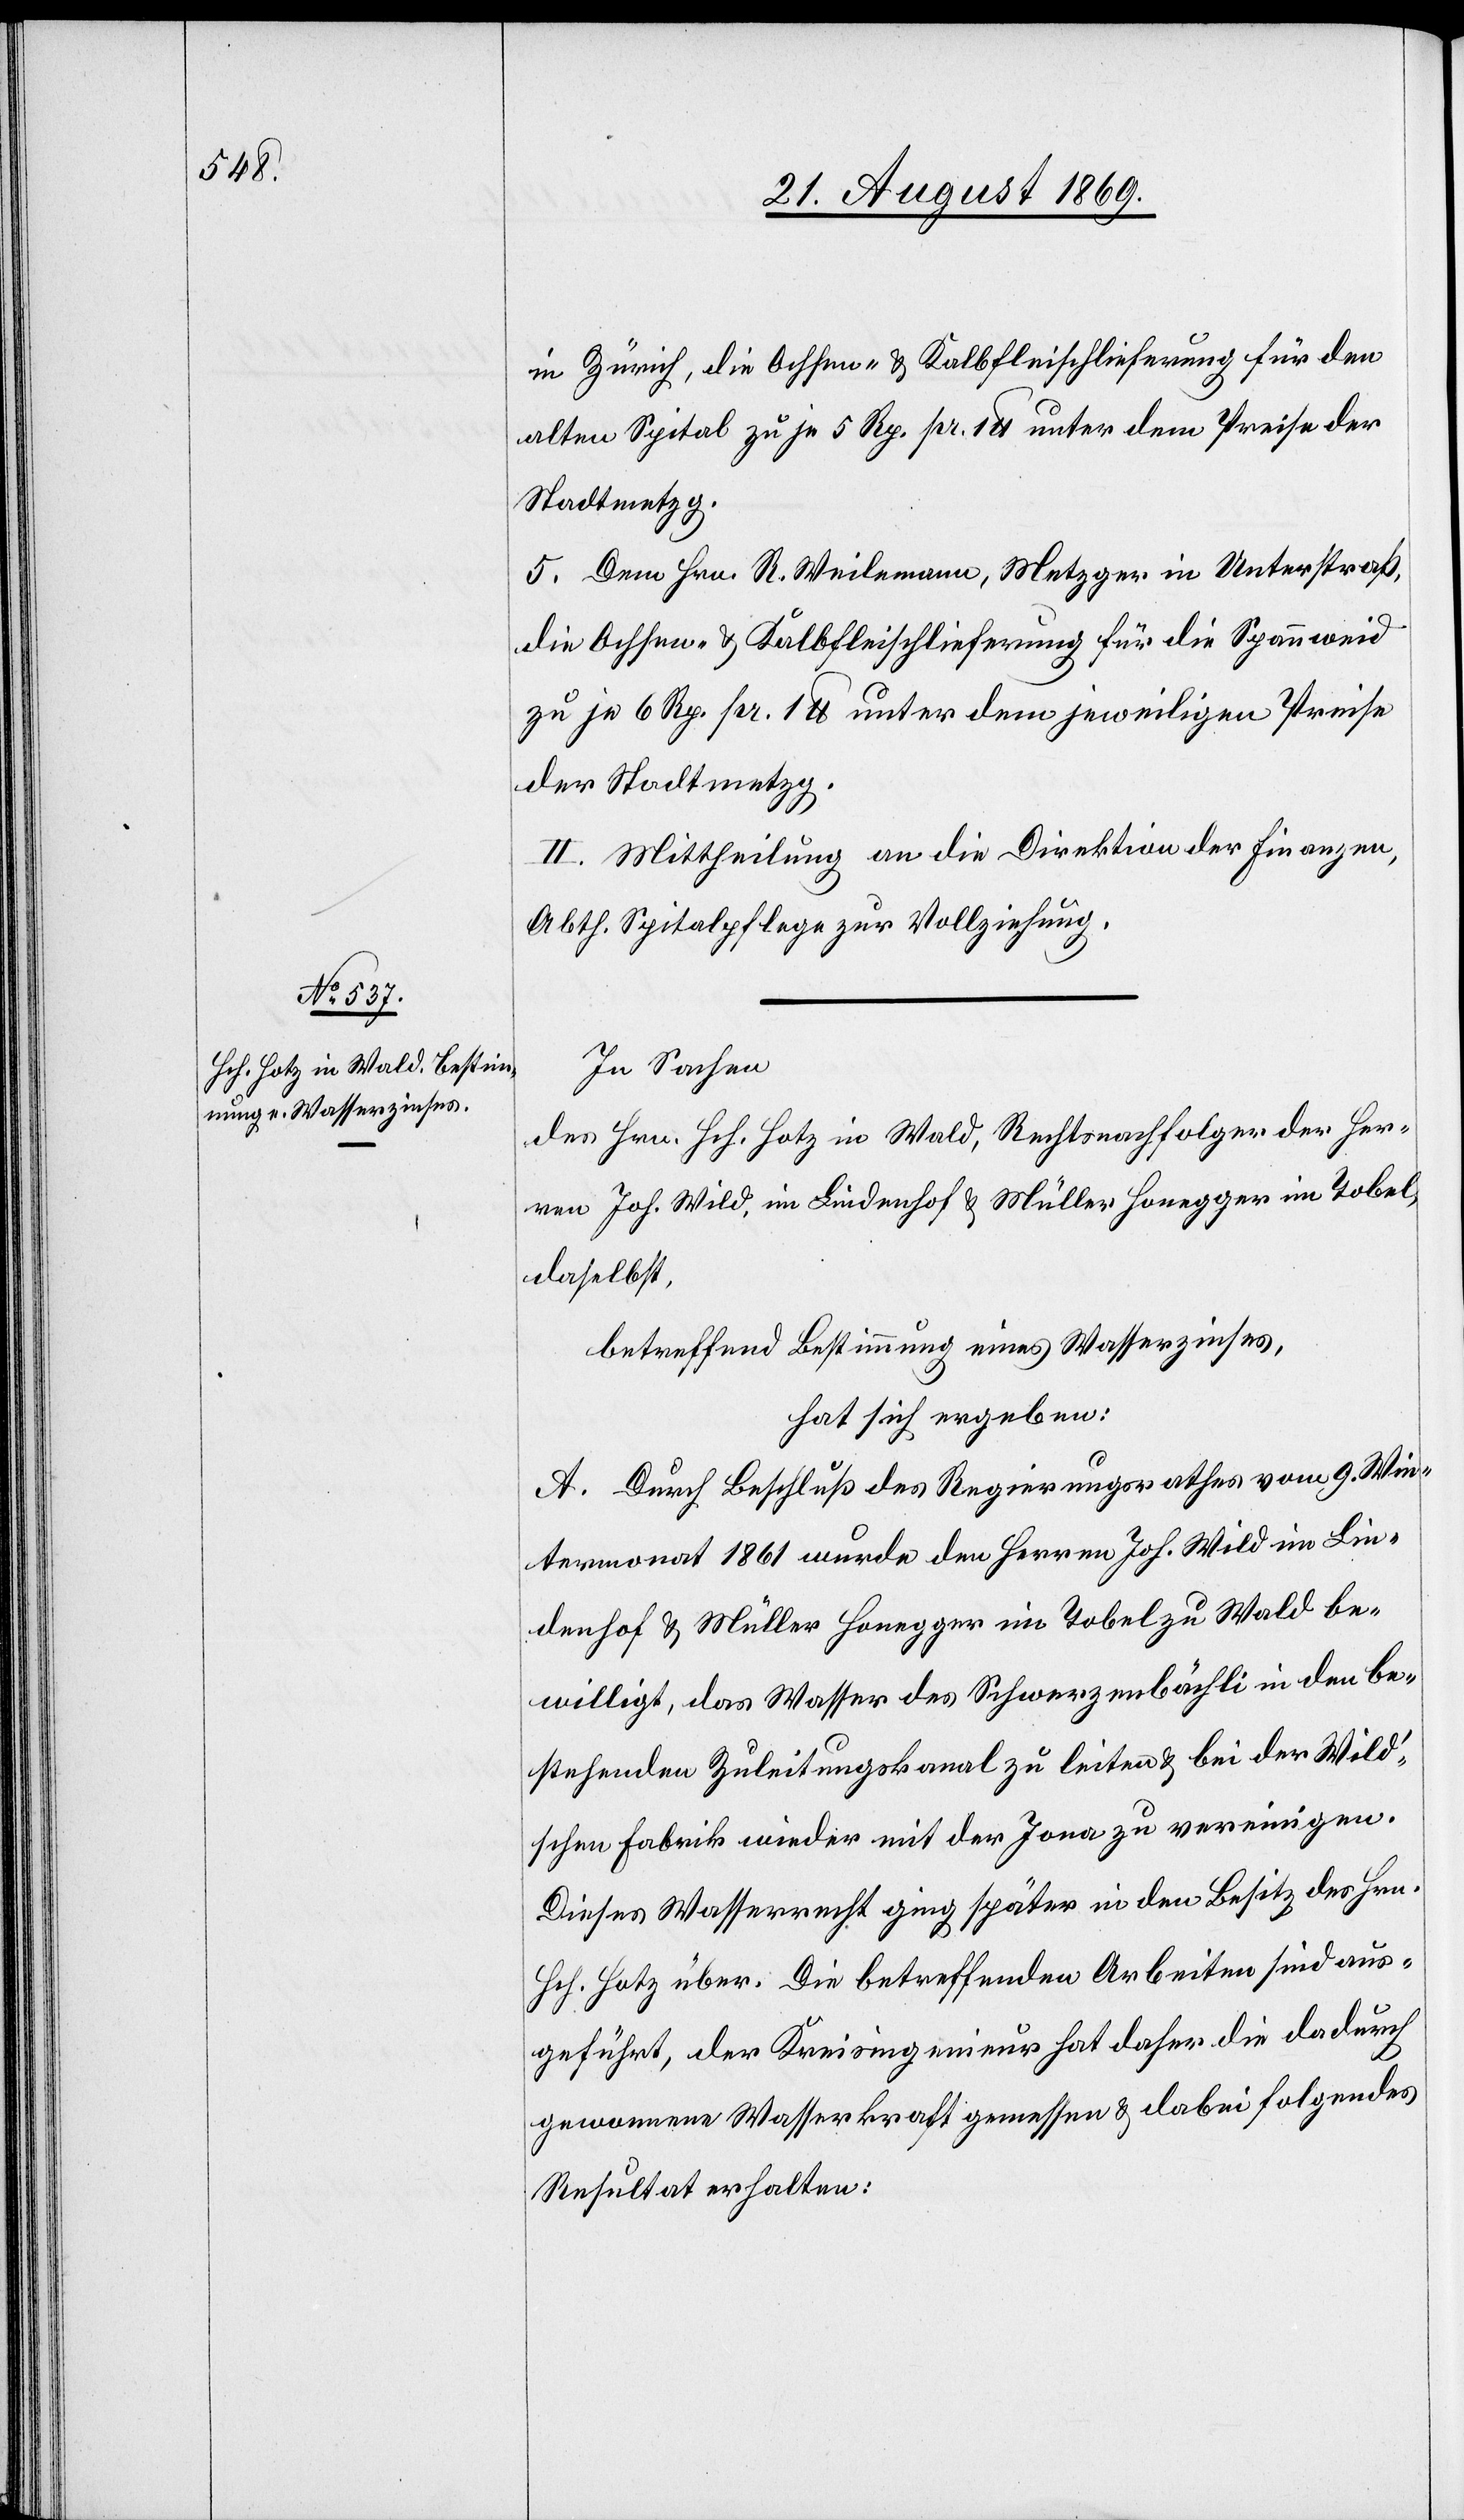
in Zürich, die Ochsen- & Kalbfleischlieferung für den
alten Spital zu je 5 Rp. pr. 1 lb unter dem Preise der
Stadtmetzg.
5. Dem Hrn. R. Weilemann, Metzger in Unterstraß,
die Ochsen- & Kalbfleischlieferung für die Spannweid
zu je 6 Rp. pr. 1 lb unter dem jeweiligen Preise
der Stadtmetzg.
II. Mittheilung an die Direktion der Finanzen,
Abth. Spitalpflege zur Vollziehung.
In Sachen
des Hrn. Hch. Hotz in Wald, Rechtsnachfolger der Her¬
ren Joh. Wild, im Lindenhof & Müller Honegger im Tobel,
daselbst,
betreffend Bestimmung eines Wasserzinses,
hat sich ergeben:
A. Durch Beschluß des Regierungsrathes vom 9. Win¬
termonat 1861 wurde den Herren Joh. Wild im Lin¬
denhof & Müller Honegger im Tobel zu Wald be¬
willigt, das Wasser des Schwerzenbächli in den be¬
stehenden Zuleitungskanal zu leiten & bei der Wild’s¬
chen Fabrik wieder mit der Jona zu vereinigen.
Dieses Wasserrecht ging später in den Besitz des Hrn.
Hch. Hotz über. Die betreffenden Arbeiten sind aus¬
geführt, der Kreisingenieur hat daher die dadurch
gewonnene Wasserkraft gemessen & dabei folgendes
Resultat erhalten: